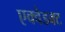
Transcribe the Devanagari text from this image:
एक्वेडक्ट